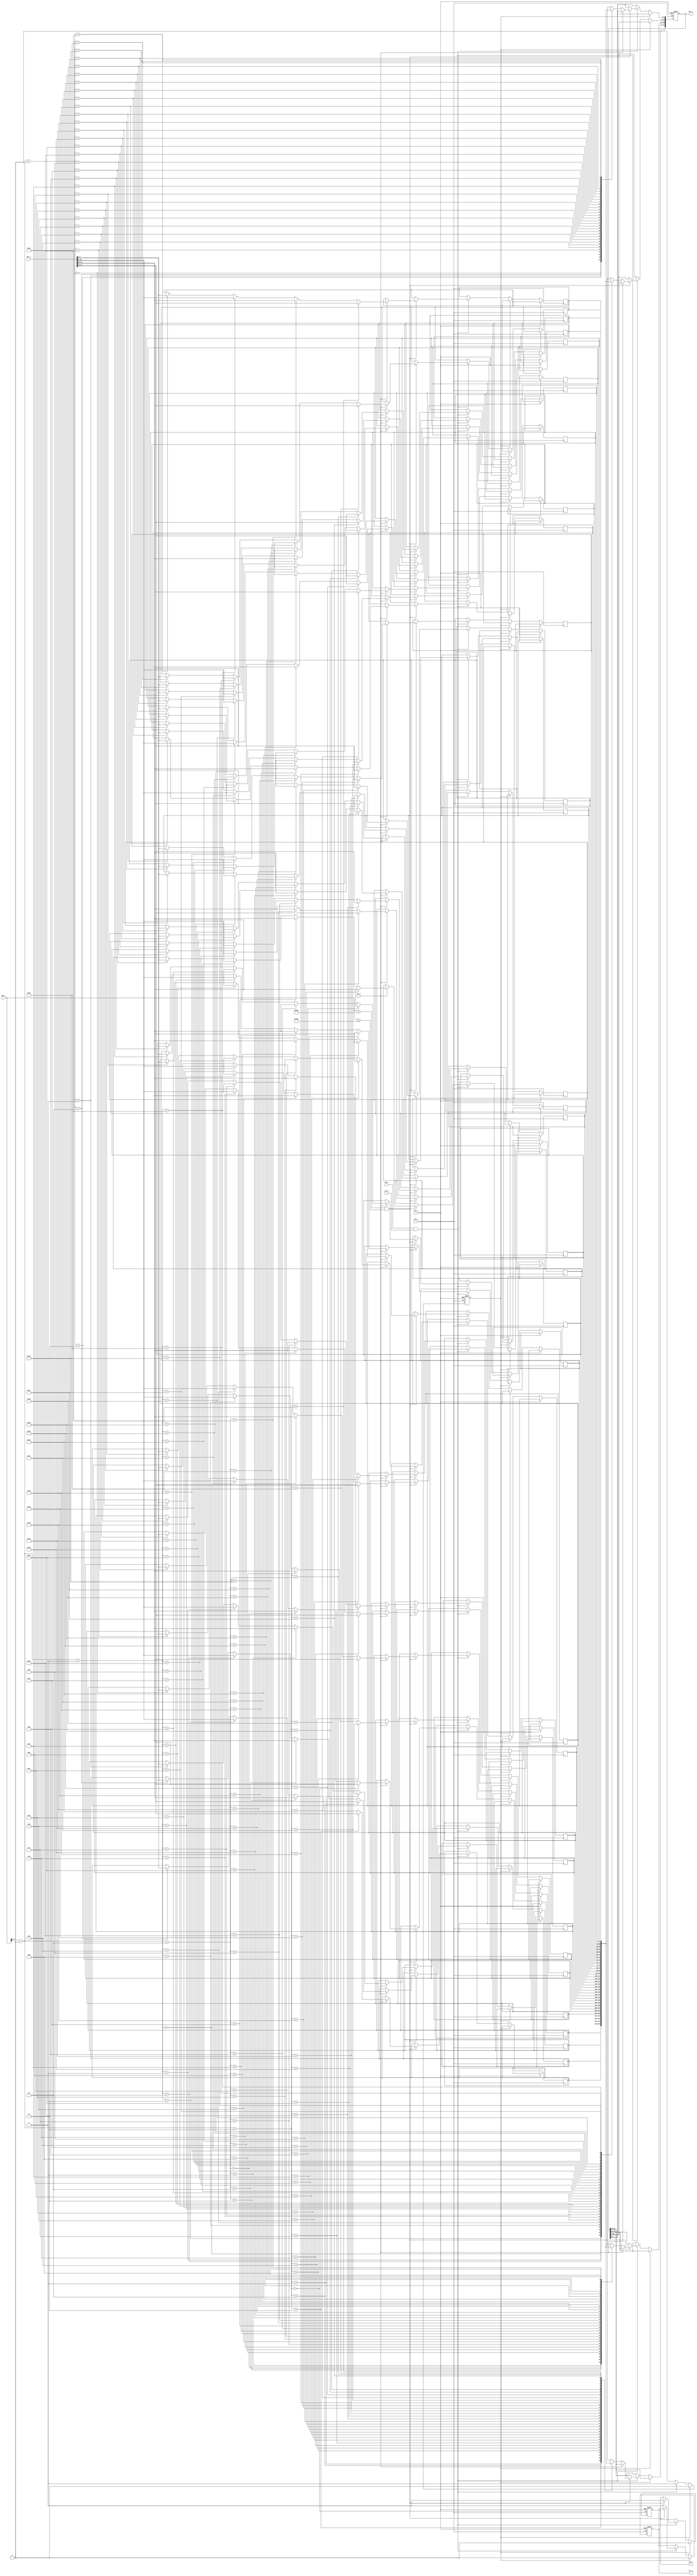
module wb_slave #(
    parameter                              ADDR_WIDTH       = 16,    // The width of the address.
    parameter                              DATA_WIDTH       = 32,    // The width of the both transferred and inputted data.
    parameter                              DATA_COUNT       = 8,    // How many values there are in the register array.
    parameter                              BASE_ADDRESS     = 'h0F00    // The first referred address of the master.
) (
    // Interface: wb_slave
    // The address of the data.
    input          [ADDR_WIDTH-1:0]     adr_i,    // The address of the data.
    input                               cyc_i,    // Asserted by master for transfer.
    input          [DATA_WIDTH-1:0]     dat_i,    // Data from master to slave.
    input                               stb_i,    // Asserted, when this specific slave is selected.
    input                               we_i,    // Write = 1, Read = 0.
    output reg                          ack_o,    // Slave asserts acknowledge.
    output reg     [DATA_WIDTH-1:0]     dat_o,    // Data from slave to master.
    output reg                          err_o,    // Indicates abnormal cycle termination.

    // Interface: wb_system
    // The mandatory clock, as this is synchronous logic.
    input                               clk_i,    // The mandatory clock, as this is synchronous logic.
    input                               rst_i    // The mandatory reset, as this is synchronous logic.
);

// WARNING: EVERYTHING ON AND ABOVE THIS LINE MAY BE OVERWRITTEN BY KACTUS2!!!

    localparam AUB = 8;
    localparam AU_IN_DATA = DATA_WIDTH/AUB;
    localparam MEMORY_SIZE = DATA_COUNT*4;
    reg [AUB-1:0] memory [MEMORY_SIZE-1:0];
    
    // Used to index AUBs to data io.
    integer index;

    // The state.
    reg [0:0] state;
    
    // The available states.
    parameter [0:0]
        S_WAIT      = 1'd0, // Waiting for cyc_i & stb_i
        S_DEASSERT  = 1'd1; // Deassert acknowledgement.

    always @(posedge clk_i or posedge rst_i) begin
        if(rst_i == 1'b1) begin
            ack_o <= 0; // Obviously, there is nothing to acknowledge by default.
            dat_o <= 0; // No output by default.
            err_o <= 0; // No error by default.
            state <= S_WAIT; // Wait signals from the masters at reset.
        end
        else begin
            if (state == S_WAIT) begin
                // Wait signal from the master.
                if ( cyc_i == 1 && stb_i == 1 ) begin
                    // Master ok, check the address.
                    if (adr_i < BASE_ADDRESS + MEMORY_SIZE && adr_i >= BASE_ADDRESS) begin
                        // The specified address in accessible -> proceed.
                        ack_o <= 1;

                        if ( we_i == 1 ) begin
                            // Writing: Pick every byte from the input and place them to correct addresses.
                            for (index = 0; index < AU_IN_DATA; index = index + 1) begin
                                memory[adr_i - BASE_ADDRESS + index] <= dat_i[(index*AUB)+:AUB];
                            end
                        end
                        else begin
                            // Reading: Pick every byte from correct addresses and place them to the output.
                            for (index = 0; index < AU_IN_DATA; index = index + 1) begin
                                dat_o[(index*AUB)+:AUB] <= memory[adr_i - BASE_ADDRESS + index];
                            end
                        end
                    end
                    else begin
                        // The specified address out-of-scope -> error!
                        err_o <= 1;
                    end
                
                    // Next thing is to deassert.
                    state <= S_DEASSERT;
                end
            end
            else if (state == S_DEASSERT) begin
                // Deassert acknowlegement, get ready to receive next one.
                ack_o <= 0;
                err_o <= 0;
                state <= S_WAIT;
            end
            else
                $display("ERROR: Unkown state: %d", state);
        end
    end
endmodule